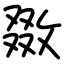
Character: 敪